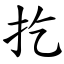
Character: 扢